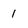
Character: 1